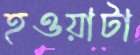
হওয়াটা